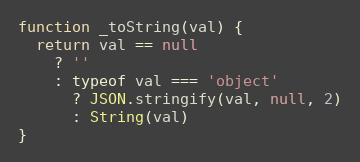
Language: JavaScript
function _toString(val) {
  return val == null
    ? ''
    : typeof val === 'object'
      ? JSON.stringify(val, null, 2)
      : String(val)
}